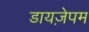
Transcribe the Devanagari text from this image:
डायज़ेपम